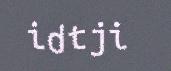
idtji